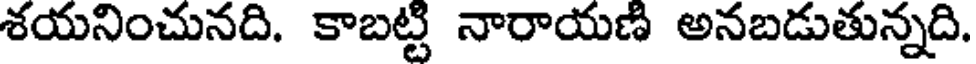
శయనించునది. కాబట్టి నారాయణి అనబడుతున్నది.